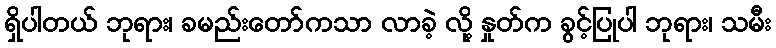
ရှိပါတယ် ဘုရား၊ ခမည်းတော်ကသာ လာခဲ့ လို့ နှုတ်က ခွင့်ပြုပါ ဘုရား၊ သမီး